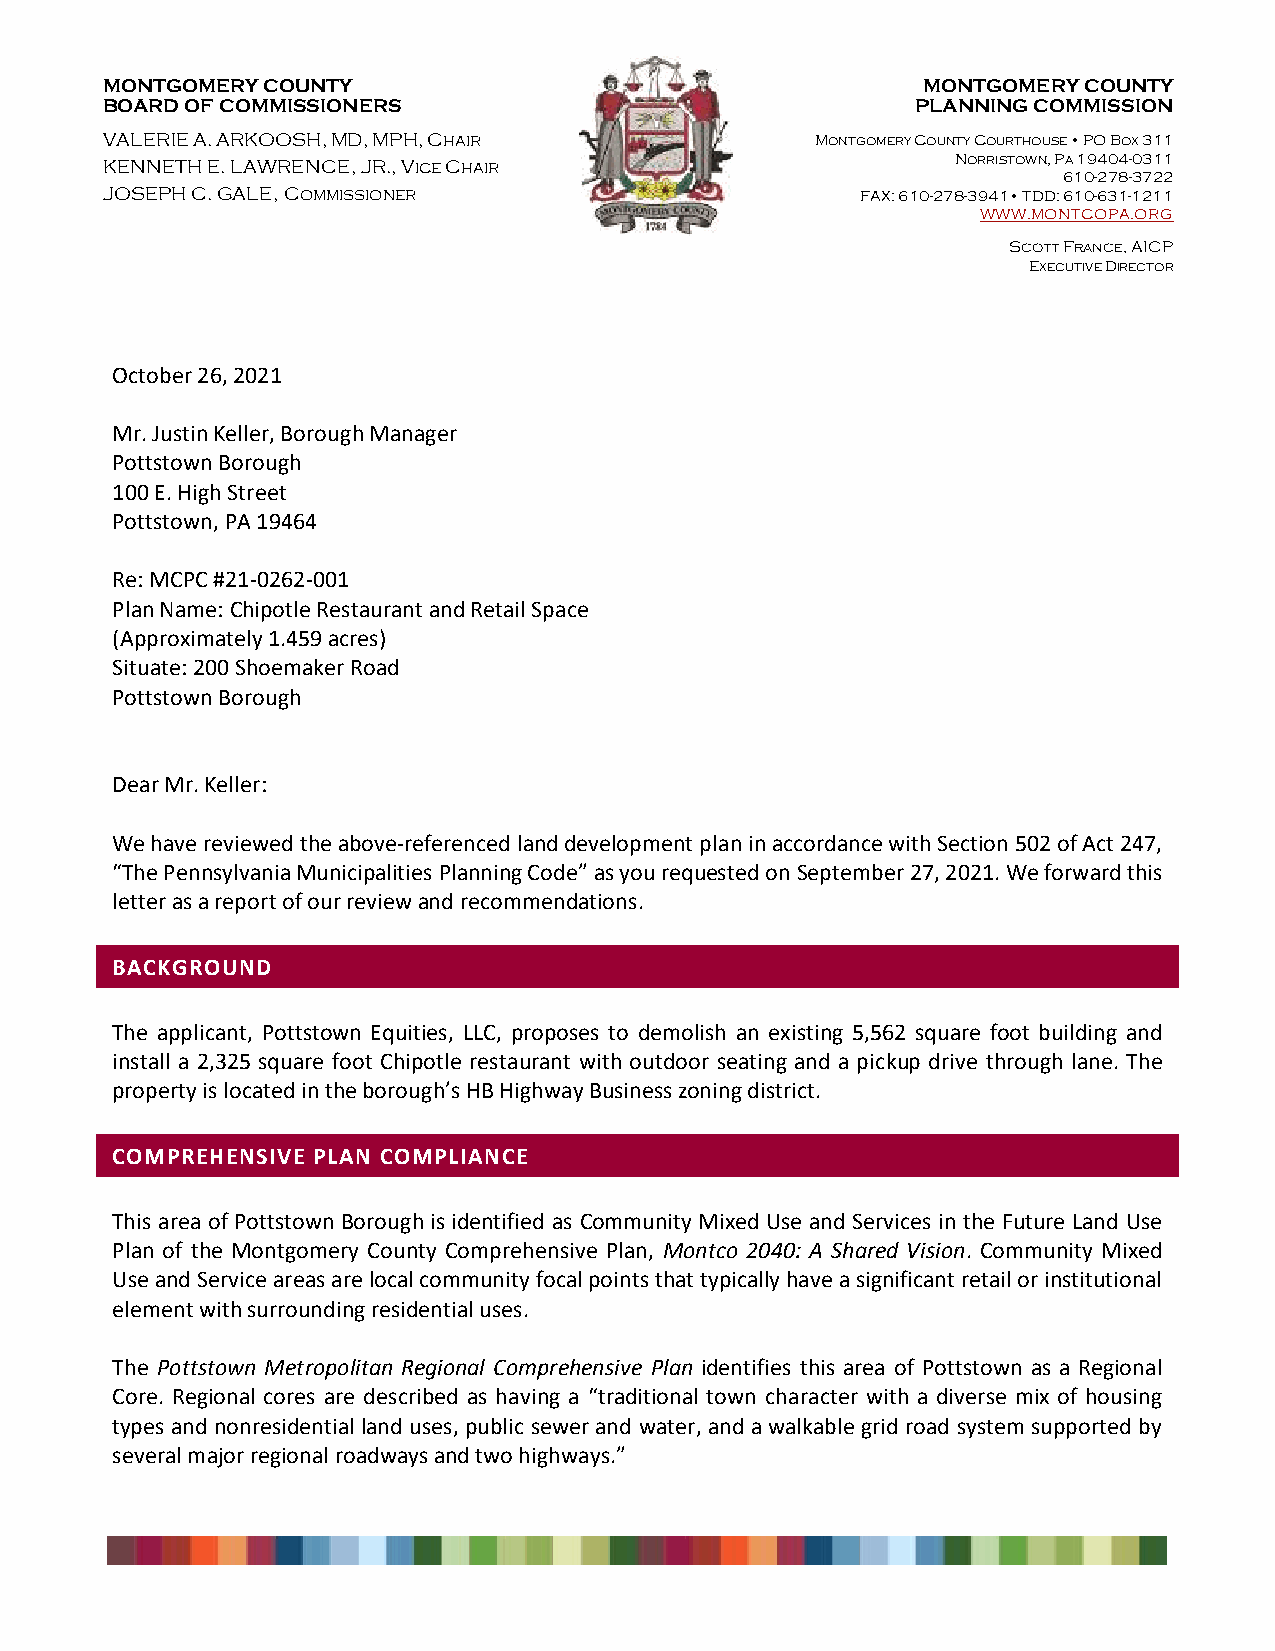
MONTGOMERY COUNTY                                     MONTGOMERY COUNTY
 BOARD OF COMMISSIONERS                                PLANNING COMMISSION
 VALERIE A. ARKOOSH, MD, MPH, CHAIR             MONTGOMERY COUNTY COURTHOUSE • PO BOX 311
 KENNETH E. LAWRENCE, JR., VICE CHAIR                    NORRISTOWN, P 6A
 1
 1 09 -24 704 8- -0 33 71 21
 2
 JOSEPH C. GALE, COMMISSIONER                      FAX: 610-278-3941• TDD: 610-631-1211
 WWW.MONTCOPA.ORG
 SCOTT FRANCE, AICP
 EXECUTIVE DIRECTOR
 October 26, 2021
 Mr. Justin Keller, Borough Manager
 Pottstown Borough
 100 E. High Street
 Pottstown, PA 19464
 Re: MCPC #21-0262-001
 Plan Name: Chipotle Restaurant and Retail Space
 (Approximately 1.459 acres)
 Situate: 200 Shoemaker Road
 Pottstown Borough
 Dear Mr. Keller:
 We have reviewed the above‐referenced land development plan in accordance with Section 502 of Act 247,
 “The Pennsylvania Municipalities Planning Code” as you requested on September 27, 2021. We forward this
 letter as a report of our review and recommendations.
 BACKGROUND
 The applicant, Pottstown Equities, LLC, proposes to demolish an existing 5,562 square foot building and
 install a 2,325 square foot Chipotle restaurant with outdoor seating and a pickup drive through lane. The
 property is located in the borough’s HB Highway Business zoning district.
 COMPREHENSIVE PLAN COMPLIANCE
 This area of Pottstown Borough is identified as Community Mixed Use and Services in the Future Land Use
 Plan of the Montgomery County Comprehensive Plan, Montco 2040: A Shared Vision. Community Mixed
 Use and Service areas are local community focal points that typically have a significant retail or institutional
 element with surrounding residential uses.
 The Pottstown Metropolitan Regional Comprehensive Plan identifies this area of Pottstown as a Regional
 Core. Regional cores are described as having a “traditional town character with a diverse mix of housing
 types and nonresidential land uses, public sewer and water, and a walkable grid road system supported by
 several major regional roadways and two highways.”